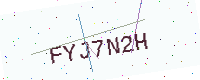
Text: FYJ7N2H